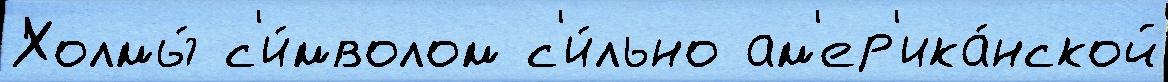
Холмы́ с'и́мволом с'и́льно ам'ер'ика́нской